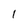
Character: 1